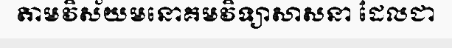
តាមវិស័យមនោគមវិទ្យាសាសនា ដែលជា